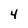
Character: 4